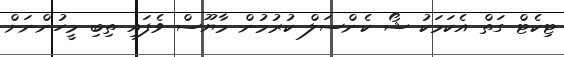
ޓިކެޓް ގަތް އެކަމަކު ޝޯ ކެންސަލް ކުރުމުން މާޔޫސް ވެފައި ތިބި މީހުންނަށް